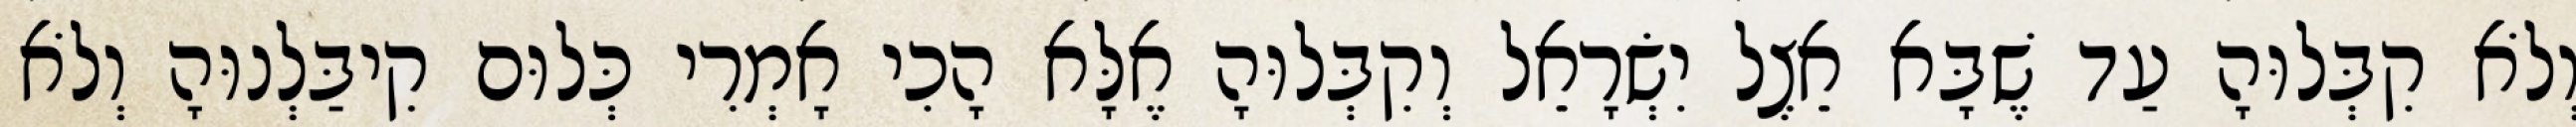
וְלֹא קִבְּלוּהָ עַד שֶׁבָּא אֵצֶל יִשְׂרָאֵל וְקִבְּלוּהָ אֶלָּא הָכִי אָמְרִי כְּלוּם קִיבַּלְנוּהָ וְלֹא